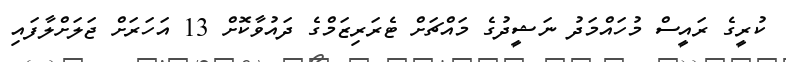
ކުރީގެ ރައީސް މުހައްމަދު ނަޝީދުގެ މައްޗަށް ޓެރަރިޒަމްގެ ދައުވާކޮށް 13 އަހަރަށް ޖަލަށްލާފައި